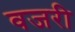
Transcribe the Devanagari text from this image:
वजरी